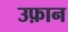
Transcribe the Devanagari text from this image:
उफ़ान